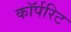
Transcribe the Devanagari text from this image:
कॉर्परिट